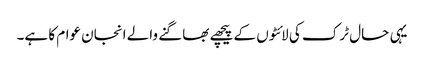
یہی حال ٹرک کی لائٹوں کے پیچھے بھاگنے والے انجان عوام کا ہے۔